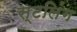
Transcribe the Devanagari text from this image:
स्टलिंग